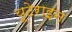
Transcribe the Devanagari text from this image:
यूटेराइन